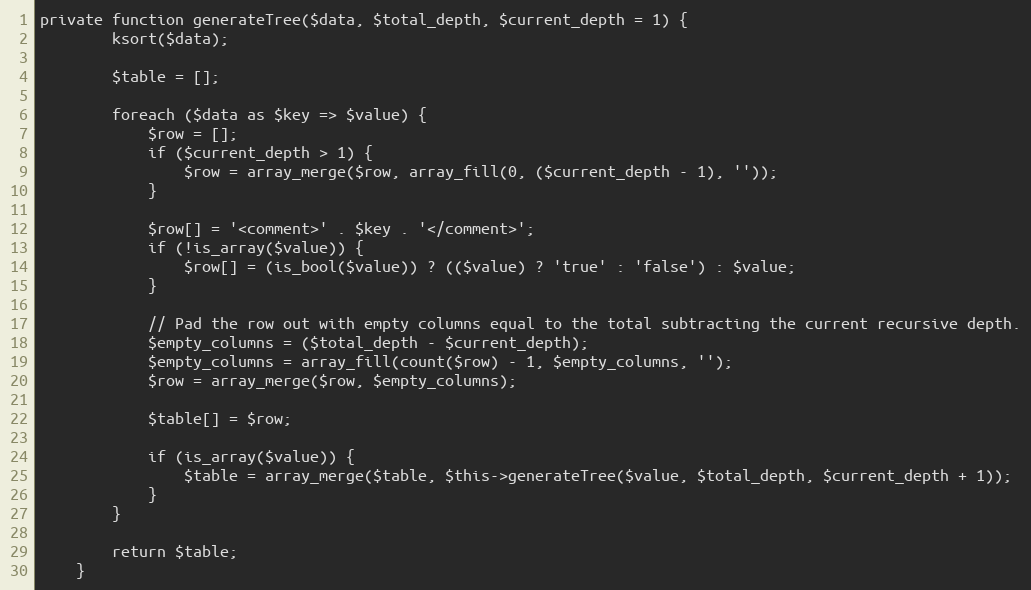
Language: PHP
private function generateTree($data, $total_depth, $current_depth = 1) {
        ksort($data);

        $table = [];

        foreach ($data as $key => $value) {
            $row = [];
            if ($current_depth > 1) {
                $row = array_merge($row, array_fill(0, ($current_depth - 1), ''));
            }

            $row[] = '<comment>' . $key . '</comment>';
            if (!is_array($value)) {
                $row[] = (is_bool($value)) ? (($value) ? 'true' : 'false') : $value;
            }

            // Pad the row out with empty columns equal to the total subtracting the current recursive depth.
            $empty_columns = ($total_depth - $current_depth);
            $empty_columns = array_fill(count($row) - 1, $empty_columns, '');
            $row = array_merge($row, $empty_columns);

            $table[] = $row;

            if (is_array($value)) {
                $table = array_merge($table, $this->generateTree($value, $total_depth, $current_depth + 1));
            }
        }

        return $table;
    }